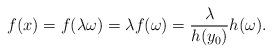
LaTeX: \begin{align*}f(x)=f(\lambda\omega)=\lambda f(\omega)=\frac{\lambda}{h(y_0)}h(\omega).\end{align*}